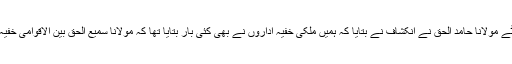
مولانا سمیع الحق کے بیٹے مولانا حامد الحق نے انکشاف نے بتایا کہ ہمیں ملکی خفیہ اداروں نے بھی کئی بار بتایا تھا کہ مولانا سمیع الحق بین الاقوامی خفیہ اداروں کے ہدف پر ہیں۔